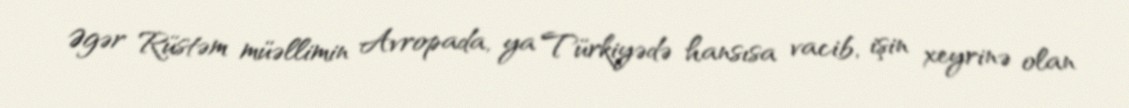
Əgər Rüstəm müəllimin Avropada, ya Türkiyədə hansısa vacib, işin xeyrinə olan